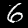
Label: 6